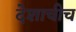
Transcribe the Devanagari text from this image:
देशाचीच